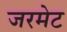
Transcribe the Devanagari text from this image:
जरमेट